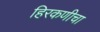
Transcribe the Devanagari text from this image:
हिरकणीचा